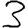
Digit: 3